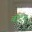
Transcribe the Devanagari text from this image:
बॅटिंग